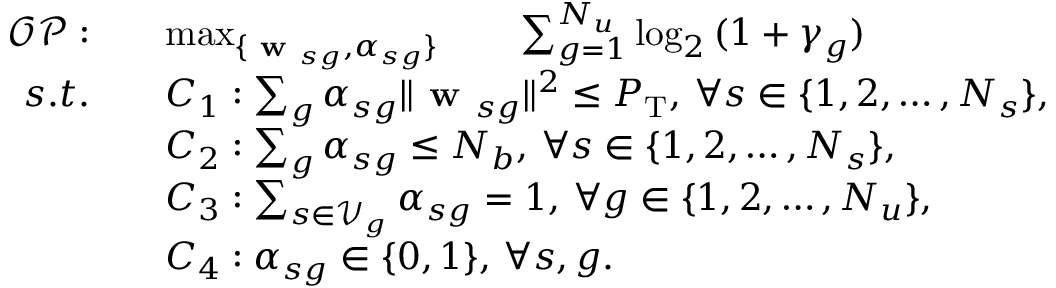
\begin{array} { r l } { \mathcal { O P } : \quad } & { \operatorname* { m a x } _ { \{ \textbf { w } _ { s g } , \alpha _ { s g } \} } \qquad \sum _ { g = 1 } ^ { N _ { u } } \log _ { 2 } { ( 1 + \gamma _ { g } ) } } \\ { s . t . \quad } & { C _ { 1 } : \sum _ { g } \alpha _ { s g } \| \textbf { w } _ { s g } \| ^ { 2 } \leq P _ { \mathrm { T } } , \, \forall s \in \{ 1 , 2 , \dots , N _ { s } \} , } \\ & { C _ { 2 } : \sum _ { g } \alpha _ { s g } \leq N _ { b } , \, \forall s \in \{ 1 , 2 , \dots , N _ { s } \} , } \\ & { C _ { 3 } : \sum _ { s \in \mathcal { V } _ { g } } \alpha _ { s g } = 1 , \, \forall g \in \{ 1 , 2 , \dots , N _ { u } \} , } \\ & { C _ { 4 } : \alpha _ { s g } \in \{ 0 , 1 \} , \, \forall s , g . } \end{array}